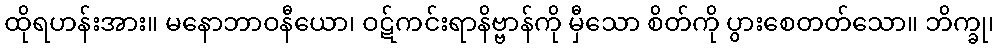
ထိုရဟန်းအား။ မနောဘာဝနီယော၊ ဝဋ်ကင်းရာနိဗ္ဗာန်ကို မှီသော စိတ်ကို ပွားစေတတ်သော။ ဘိက္ခု၊